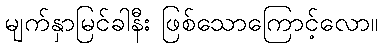
မျက်နှာမြင်ခါနီး ဖြစ်သောကြောင့်လော။